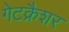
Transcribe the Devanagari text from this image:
गेटक्रैशर